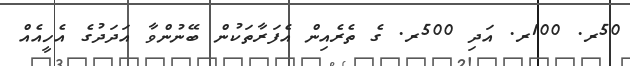
50ރ. 100ރ. އަދި 500ރ. ގެ ތެރެއިން އެފަރާތަކުން ބޭނުންވާ އަދަދުގެ އެހީއެއް